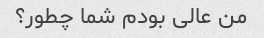
من عالی بودم شما چطور؟